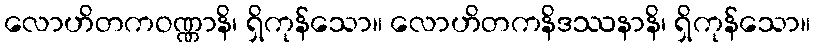
လောဟိတကဝဏ္ဏာနိ၊ ရှိကုန်သော။ လောဟိတကနိဒဿနာနိ၊ ရှိကုန်သော။